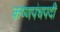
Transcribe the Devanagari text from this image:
कष्णपंचपदी